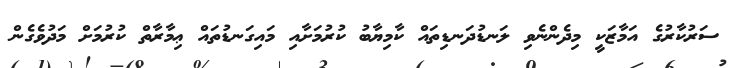
ސަރުކާރުގެ އަމާޒަކީ މިދެންނެވި ލަނޑުދަނޑިތައް ކާމިޔާބު ކުރުމަށާއި މައިގަނޑުތައް ޢިމާރާތް ކުރުމަށް މަދުވެގެން